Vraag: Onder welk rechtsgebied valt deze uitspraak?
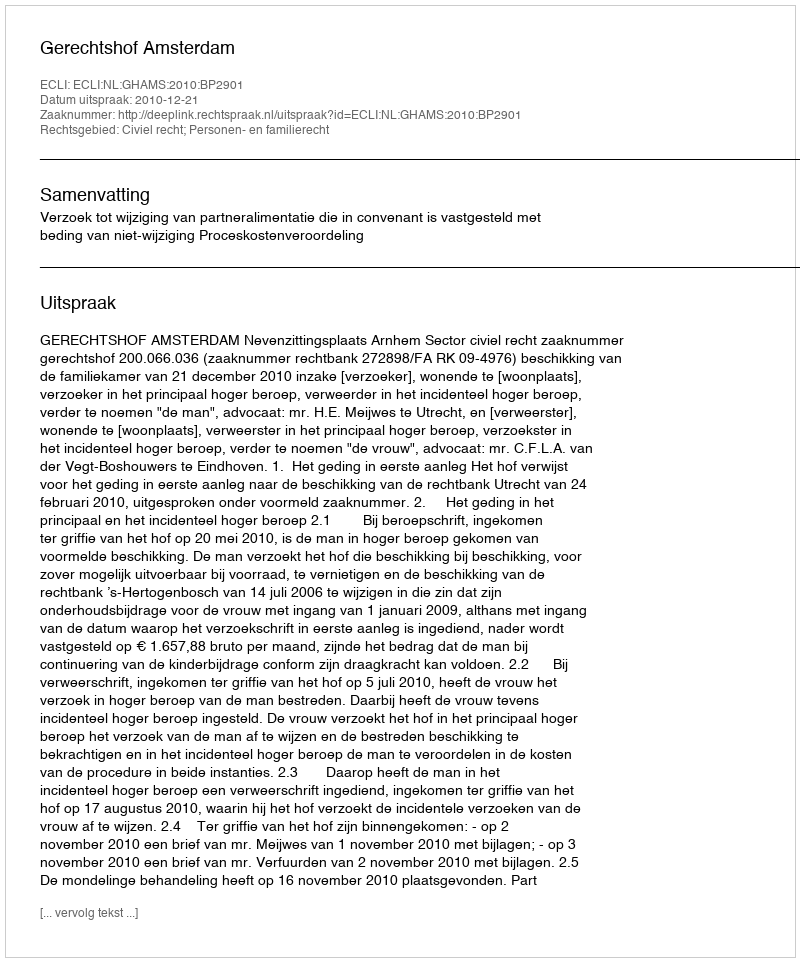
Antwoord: Civiel recht; Personen- en familierecht